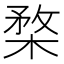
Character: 楘